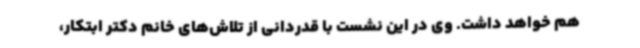
هم خواهد داشت. وی در این نشست با قدردانی از تلاش‌های خانم دکتر ابتکار،